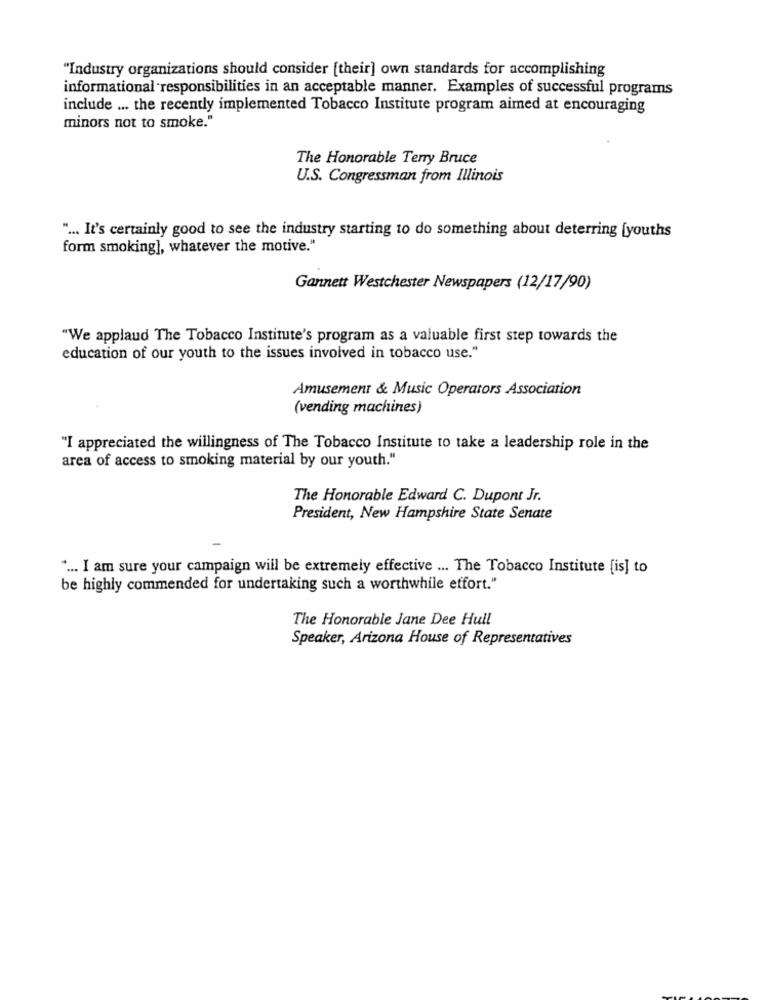
"Industry organizations should consider [their] own standards for accomplishing
informational responsibilities in an acceptable manner. Examples of successful programs
include ... the recently implemented Tobacco Institute program aimed at encouraging
minors not to smoke."
The Honorable Terry Bruce
U.S. Congressman from Illinois
" ... It's certainly good to see the industry starting to do something about deterring [youths
form smoking], whatever the motive."
Gannett Westchester Newspapers (12/17/90)
"We applaud The Tobacco Institute's program as a valuable first step towards the
education of our youth to the issues involved in tobacco use."
Amusement & Music Operators Association
(vending machines)
"I appreciated the willingness of The Tobacco Institute to take a leadership role in the
area of access to smoking material by our youth."
The Honorable Edward C. Dupont Jr.
President, New Hampshire State Senate
" ... I am sure your campaign will be extremely effective ... The Tobacco Institute [is] to
be highly commended for undertaking such a worthwhile effort."
The Honorable Jane Dee Hull
Speaker, Arizona House of Representatives